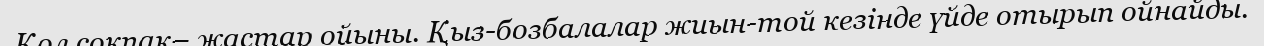
Қол соқпақ– жастар ойыны. Қыз-бозбалалар жиын-той кезінде үйде отырып ойнайды.